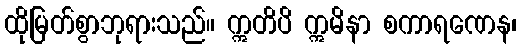
ထိုမြတ်စွာဘုရားသည်။ ဣတိပိ ဣမိနာ စကာရဏေန၊